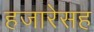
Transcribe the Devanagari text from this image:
हजारेसह